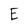
Character: E